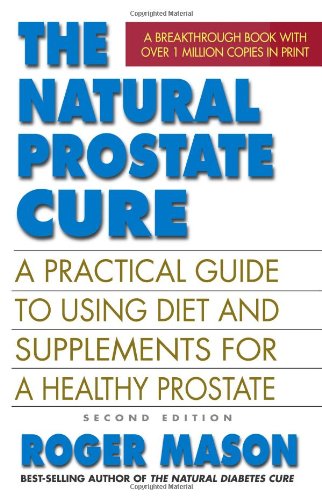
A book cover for The Natural Prostate Cure, Second Edition: A Practical Guide to Using Diet and Supplements for a Healthy Prostate; Roger Mason; Health, Fitness & Dieting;